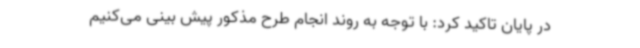
در پایان تاکید کرد: با توجه به روند انجام طرح مذکور پیش بینی می‌کنیم